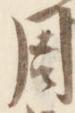
周